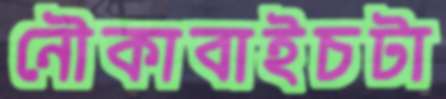
নৌকাবাইচটা